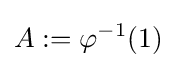
A:=\varphi ^{-1}(1)